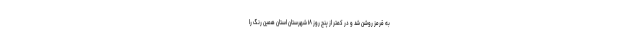
به قرمز روشن شد و در کمتر از پنج روز ۱۸ شهرستان استان همین رنگ را